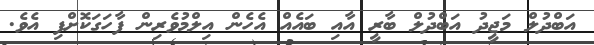
އަބްދުލް މަޖީދު އަބްދުލް ބާރީ އާއި ބައެއް އެހެން އިލްމުވެރިން ފާހަގަކޮށްފި އެވެ.